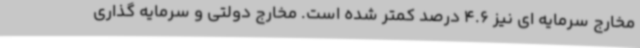
مخارج سرمایه ای نیز 4.6 درصد کمتر شده است. مخارج دولتی و سرمایه گذاری